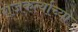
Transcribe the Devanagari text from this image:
राजकर्त्याच्या